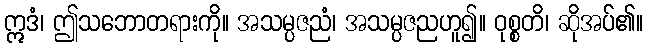
ဣဒံ၊ ဤသဘောတရားကို။ အသမ္ပဇညံ၊ အသမ္ပဇညဟူ၍။ ဝုစ္စတိ၊ ဆိုအပ်၏။